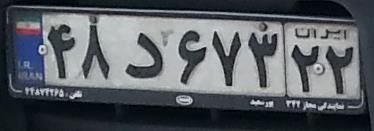
۴۸د۶۷۳۲۲